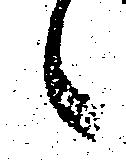
々